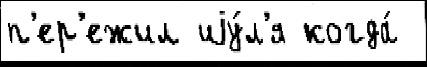
п'ер'ежил иjу́л'я когда́